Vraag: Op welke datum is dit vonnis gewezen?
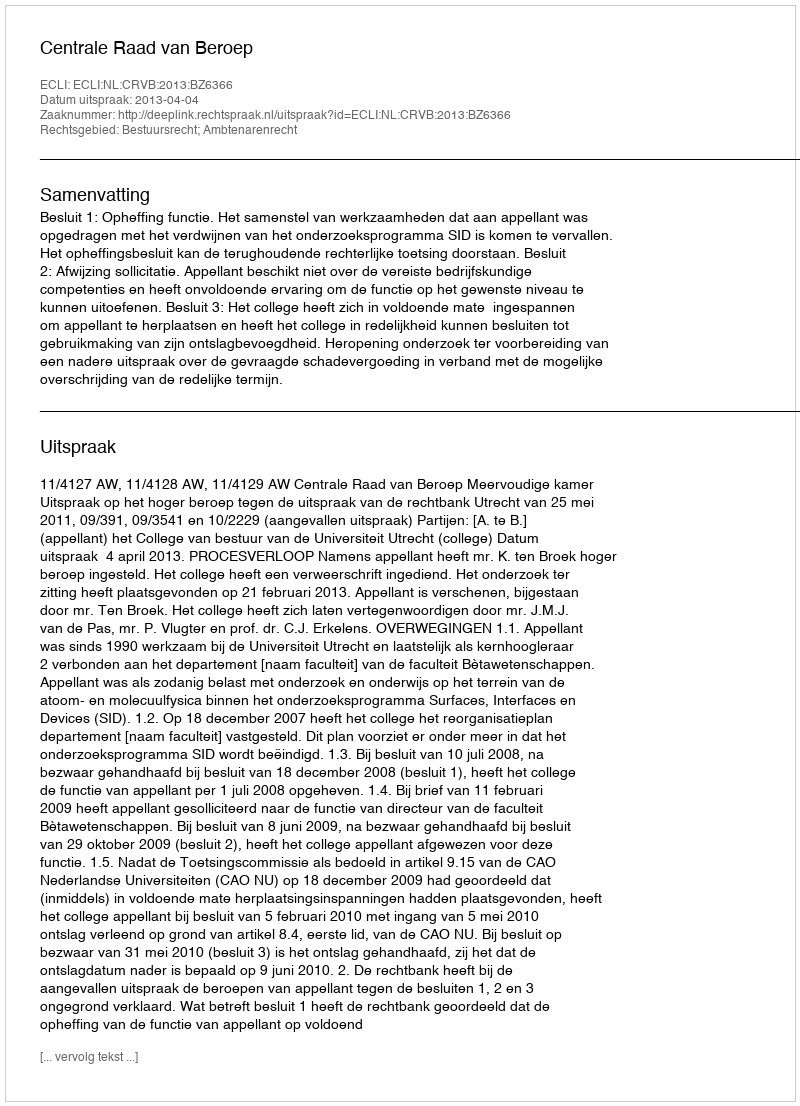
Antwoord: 2013-04-04